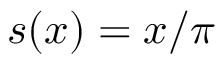
s ( x ) = x / \pi